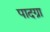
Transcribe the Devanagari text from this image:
पादग्रा